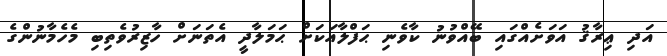
އަދި ޢިރާޤު އަވަށެއްގައި ބޭއްވުނު ކާވެނި ޙަފްލާއަކަށް ޙަމަލާދީ އެތަނަށް ހާޒިރުވެތިބި މެހެމާނުންގެ